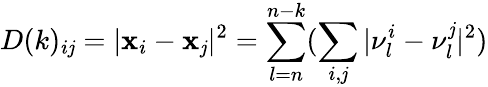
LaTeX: D(k)_{i\mathit{j}}=|\textbf{{x}}_{i}-\textbf{{x}}_{\mathit{j}}|^{2}=\sum_{l=n}^{n-k}(\sum_{i,\mathit{j}}|\nu_{l}^{i}-\nu_{l}^{\mathit{j}}|^{2})